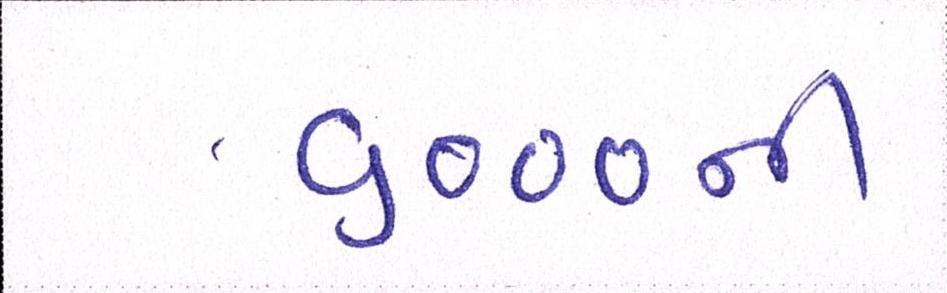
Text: ૬૦૦૦ની